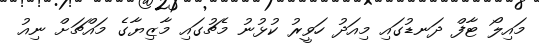
މައިލޯ ޓާފް ދަނޑުގައި މިއަދު ހަވީރު ކުޅުނު މެޗުގައި މާޒިޔާގެ މައްޗަށް ނިއު